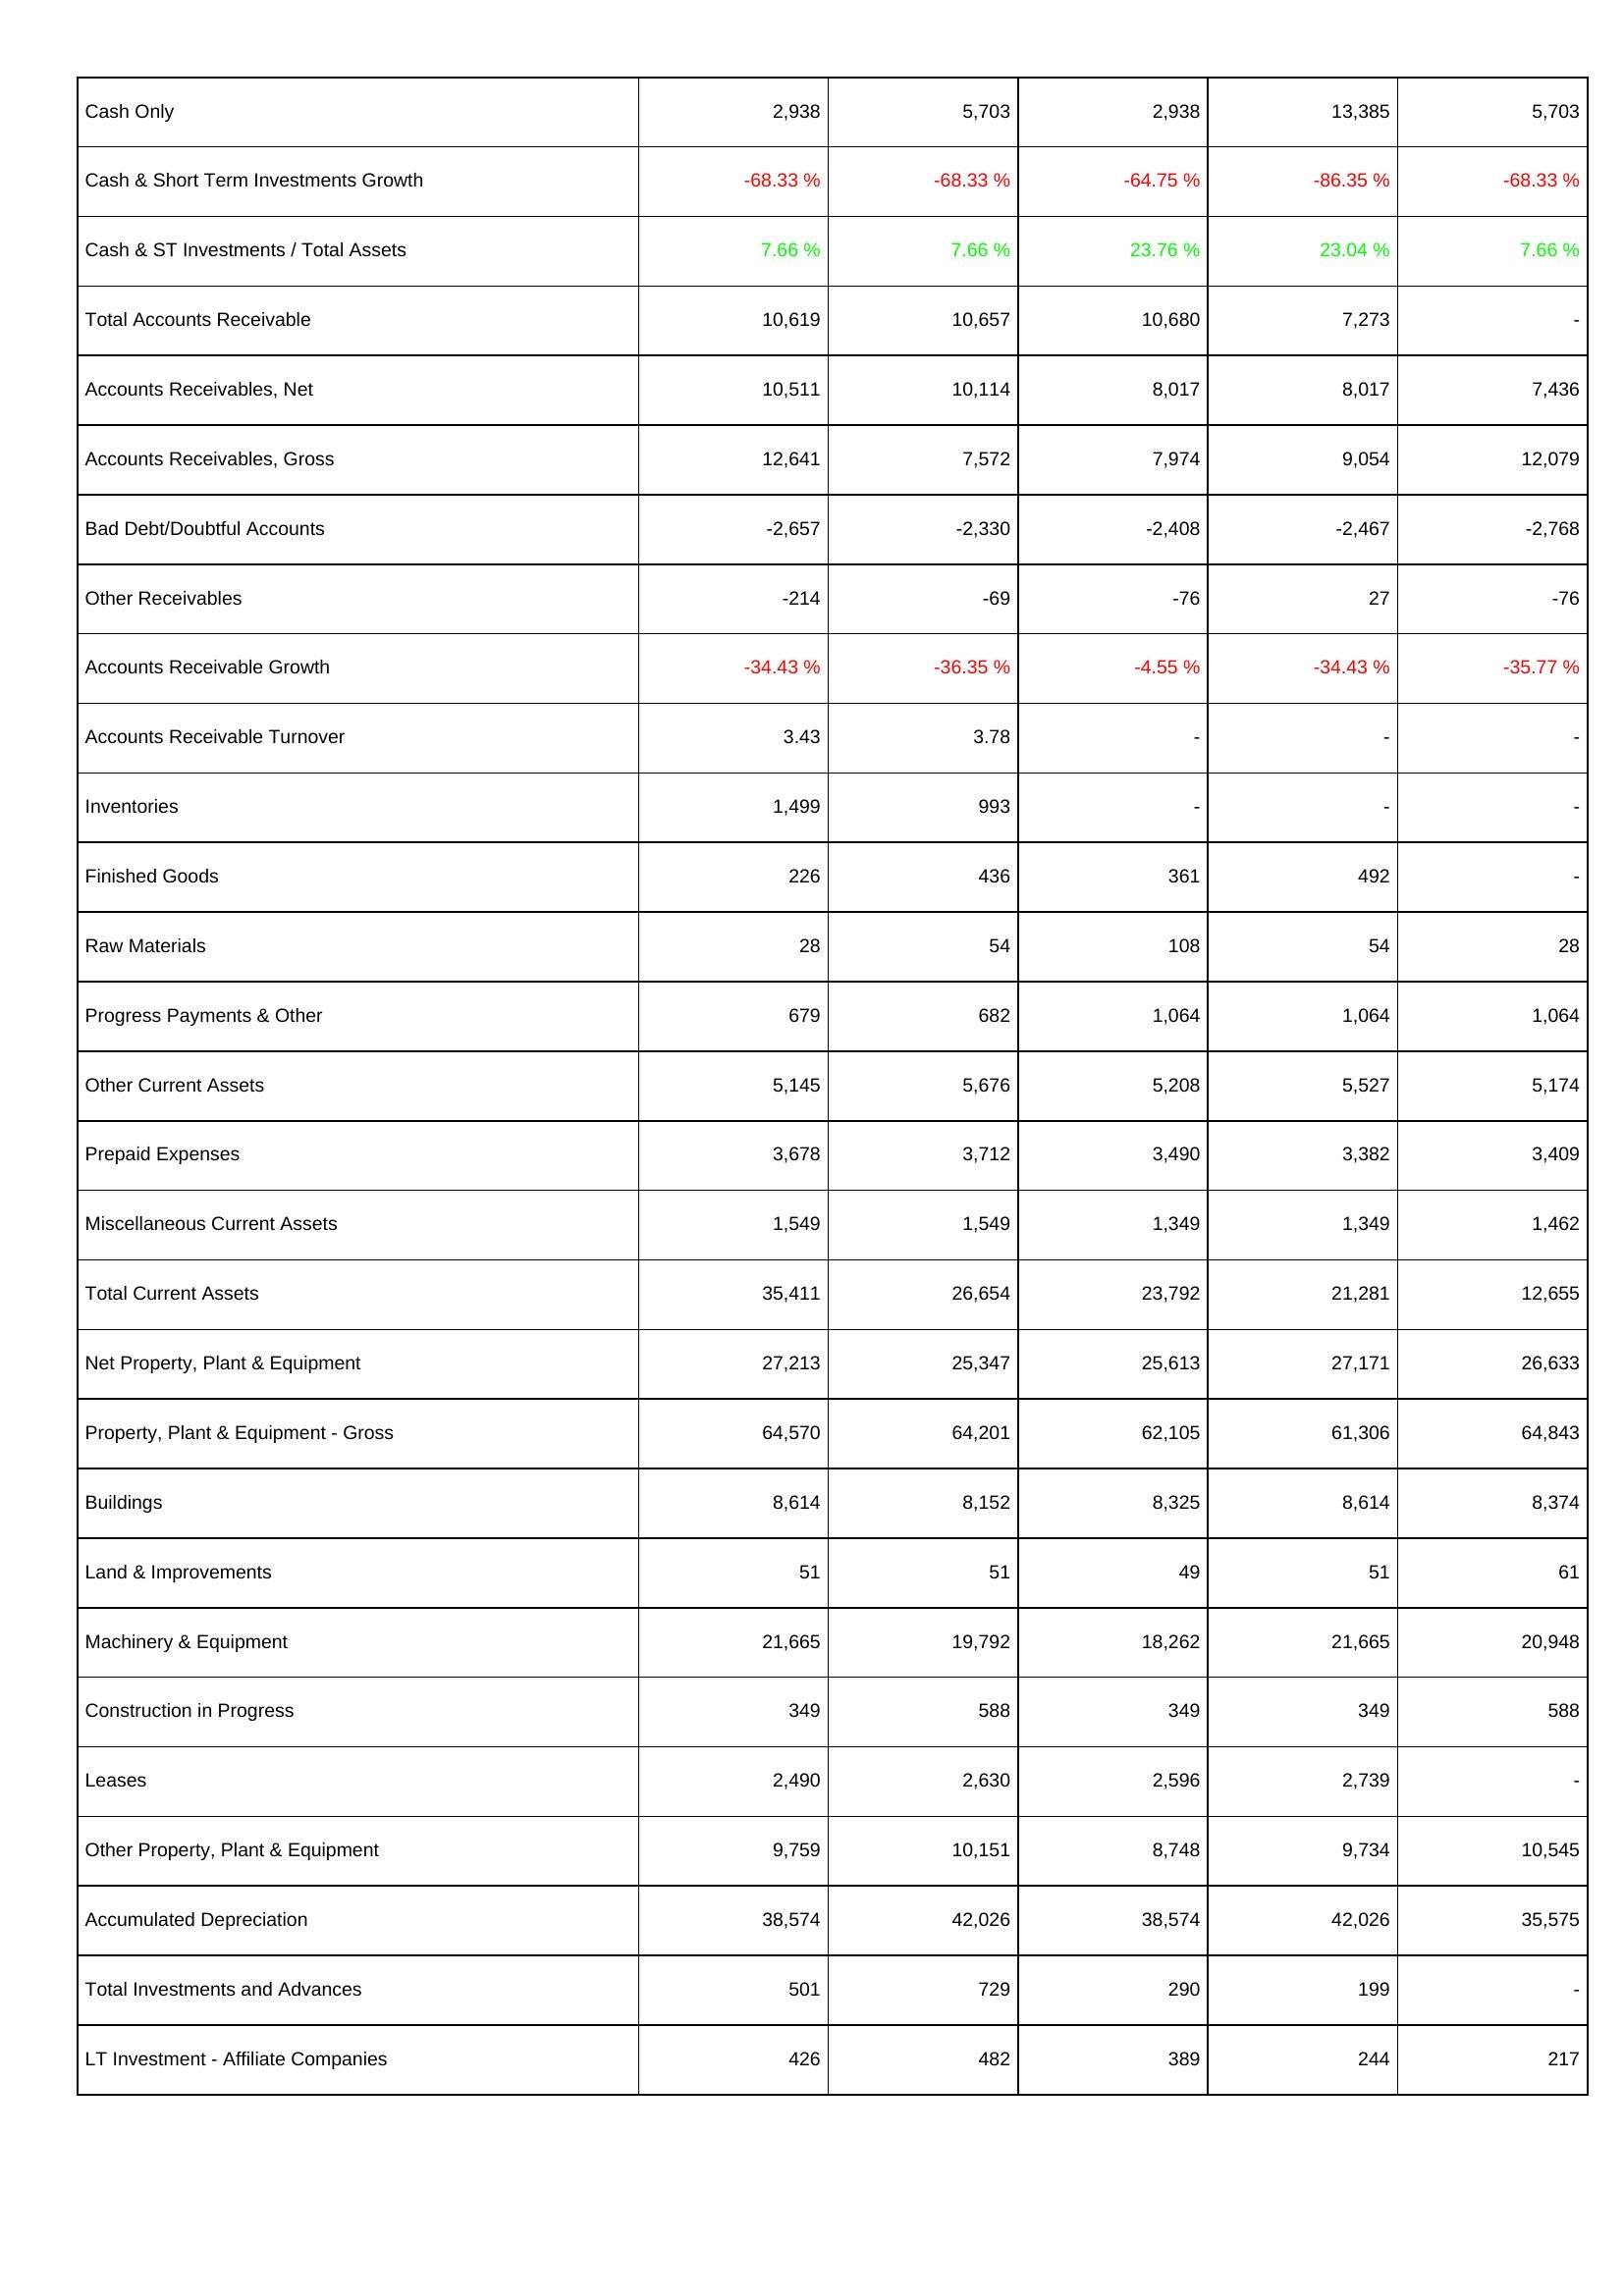
2013: Assets: Cash Only: 2,938
Cash & Short Term Investments Growth: -68.33 %
Cash & ST Investments / Total Assets: 7.66 %
Total Accounts Receivable: 10,619
Accounts Receivables, Net: 10,511
Accounts Receivables, Gross: 12,641
Bad Debt/Doubtful Accounts: -2,657
Other Receivables: -214
Accounts Receivable Growth: -34.43 %
Accounts Receivable Turnover: 3.43
Inventories: 1,499
Finished Goods: 226
Raw Materials: 28
Progress Payments & Other: 679
Other Current Assets: 5,145
Prepaid Expenses: 3,678
Miscellaneous Current Assets: 1,549
Total Current Assets: 35,411
Net Property, Plant & Equipment: 27,213
Property, Plant & Equipment - Gross: 64,570
Buildings: 8,614
Land & Improvements: 51
Machinery & Equipment: 21,665
Construction in Progress: 349
Leases: 2,490
Other Property, Plant & Equipment: 9,759
Accumulated Depreciation: 38,574
Total Investments and Advances: 501
LT Investment - Affiliate Companies: 426
2012: Assets: Cash Only: 5,703
Cash & Short Term Investments Growth: -68.33 %
Cash & ST Investments / Total Assets: 7.66 %
Total Accounts Receivable: 10,657
Accounts Receivables, Net: 10,114
Accounts Receivables, Gross: 7,572
Bad Debt/Doubtful Accounts: -2,330
Other Receivables: -69
Accounts Receivable Growth: -36.35 %
Accounts Receivable Turnover: 3.78
Inventories: 993
Finished Goods: 436
Raw Materials: 54
Progress Payments & Other: 682
Other Current Assets: 5,676
Prepaid Expenses: 3,712
Miscellaneous Current Assets: 1,549
Total Current Assets: 26,654
Net Property, Plant & Equipment: 25,347
Property, Plant & Equipment - Gross: 64,201
Buildings: 8,152
Land & Improvements: 51
Machinery & Equipment: 19,792
Construction in Progress: 588
Leases: 2,630
Other Property, Plant & Equipment: 10,151
Accumulated Depreciation: 42,026
Total Investments and Advances: 729
LT Investment - Affiliate Companies: 482
2011: Assets: Cash Only: 2,938
Cash & Short Term Investments Growth: -64.75 %
Cash & ST Investments / Total Assets: 23.76 %
Total Accounts Receivable: 10,680
Accounts Receivables, Net: 8,017
Accounts Receivables, Gross: 7,974
Bad Debt/Doubtful Accounts: -2,408
Other Receivables: -76
Accounts Receivable Growth: -4.55 %
Accounts Receivable Turnover: -
Inventories: -
Finished Goods: 361
Raw Materials: 108
Progress Payments & Other: 1,064
Other Current Assets: 5,208
Prepaid Expenses: 3,490
Miscellaneous Current Assets: 1,349
Total Current Assets: 23,792
Net Property, Plant & Equipment: 25,613
Property, Plant & Equipment - Gross: 62,105
Buildings: 8,325
Land & Improvements: 49
Machinery & Equipment: 18,262
Construction in Progress: 349
Leases: 2,596
Other Property, Plant & Equipment: 8,748
Accumulated Depreciation: 38,574
Total Investments and Advances: 290
LT Investment - Affiliate Companies: 389
2010: Assets: Cash Only: 13,385
Cash & Short Term Investments Growth: -86.35 %
Cash & ST Investments / Total Assets: 23.04 %
Total Accounts Receivable: 7,273
Accounts Receivables, Net: 8,017
Accounts Receivables, Gross: 9,054
Bad Debt/Doubtful Accounts: -2,467
Other Receivables: 27
Accounts Receivable Growth: -34.43 %
Accounts Receivable Turnover: -
Inventories: -
Finished Goods: 492
Raw Materials: 54
Progress Payments & Other: 1,064
Other Current Assets: 5,527
Prepaid Expenses: 3,382
Miscellaneous Current Assets: 1,349
Total Current Assets: 21,281
Net Property, Plant & Equipment: 27,171
Property, Plant & Equipment - Gross: 61,306
Buildings: 8,614
Land & Improvements: 51
Machinery & Equipment: 21,665
Construction in Progress: 349
Leases: 2,739
Other Property, Plant & Equipment: 9,734
Accumulated Depreciation: 42,026
Total Investments and Advances: 199
LT Investment - Affiliate Companies: 244
2009: Assets: Cash Only: 5,703
Cash & Short Term Investments Growth: -68.33 %
Cash & ST Investments / Total Assets: 7.66 %
Total Accounts Receivable: -
Accounts Receivables, Net: 7,436
Accounts Receivables, Gross: 12,079
Bad Debt/Doubtful Accounts: -2,768
Other Receivables: -76
Accounts Receivable Growth: -35.77 %
Accounts Receivable Turnover: -
Inventories: -
Finished Goods: -
Raw Materials: 28
Progress Payments & Other: 1,064
Other Current Assets: 5,174
Prepaid Expenses: 3,409
Miscellaneous Current Assets: 1,462
Total Current Assets: 12,655
Net Property, Plant & Equipment: 26,633
Property, Plant & Equipment - Gross: 64,843
Buildings: 8,374
Land & Improvements: 61
Machinery & Equipment: 20,948
Construction in Progress: 588
Leases: -
Other Property, Plant & Equipment: 10,545
Accumulated Depreciation: 35,575
Total Investments and Advances: -
LT Investment - Affiliate Companies: 217